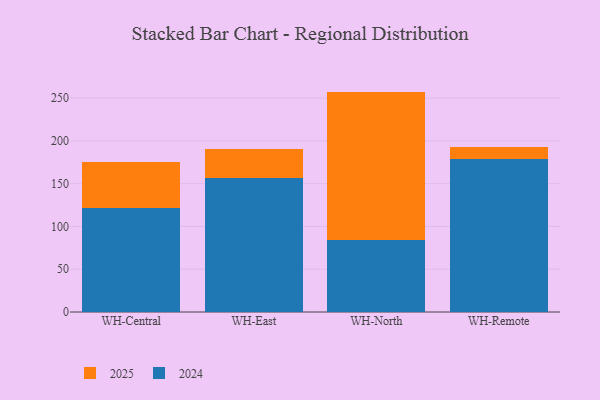
{"axis": {"x": "Warehouse", "y": "LTV (USD)"}, "legend": ["2024", "2025"], "data": [{"x": "WH-Central", "y": 122.0, "type": "2024"}, {"x": "WH-Central", "y": 53.8, "type": "2025"}, {"x": "WH-East", "y": 157.0, "type": "2024"}, {"x": "WH-East", "y": 33.1, "type": "2025"}, {"x": "WH-North", "y": 84.4, "type": "2024"}, {"x": "WH-North", "y": 173.2, "type": "2025"}, {"x": "WH-Remote", "y": 179.3, "type": "2024"}, {"x": "WH-Remote", "y": 13.5, "type": "2025"}]}